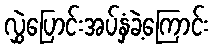
လွှဲပြောင်းအပ်နှံခဲ့ကြောင်း